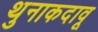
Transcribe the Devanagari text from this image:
थुनाकदावू